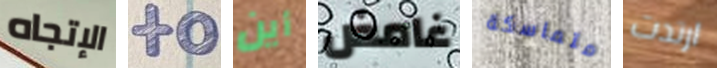
الإتجاه to أين غامض متماسكة ارتدت